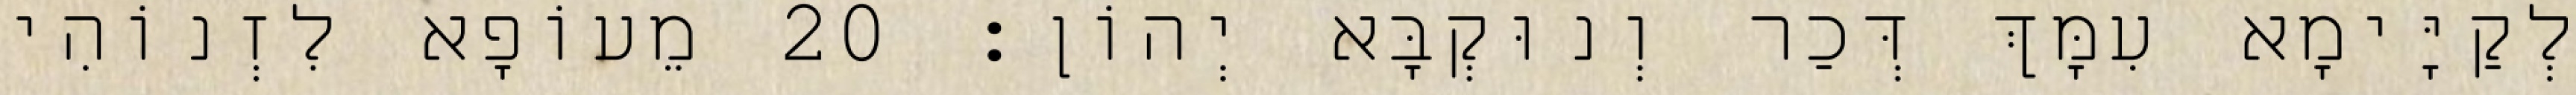
לְקַיָּימָא עִמָּךְ דְּכַר וְנוּקְבָּא יְהוֹן׃ 20 מֵעוֹפָא לִזְנוֹהִי